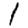
Digit: 1